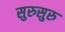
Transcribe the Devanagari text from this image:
सुरुसुरु